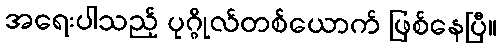
အရေးပါသည့် ပုဂ္ဂိုလ်တစ်ယောက် ဖြစ်နေပြီ။